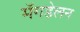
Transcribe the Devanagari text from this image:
मॅगडेलन